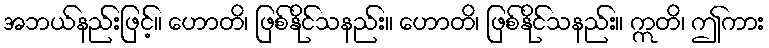
အဘယ်နည်းဖြင့်။ ဟောတိ၊ ဖြစ်နိုင်သနည်း။ ဟောတိ၊ ဖြစ်နိုင်သနည်း။ ဣတိ၊ ဤကား